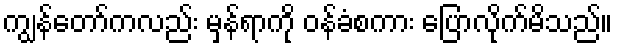
ကျွန်တော်ကလည်း မှန်ရာကို ဝန်ခံစကား ပြောလိုက်မိသည်။